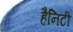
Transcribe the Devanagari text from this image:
हैनिटी